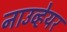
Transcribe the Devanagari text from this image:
नाउव्हेयर